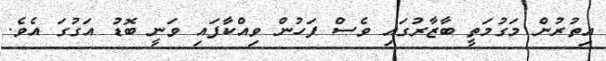
އިތުރުން މަގުމަތީ ބާޒާރުގައި ވެސް ފަހުން ވިއްކާފައި ވަނީ ބޮޑު އަގުގަ އެވެ.